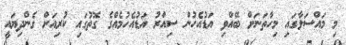
މި މައްސަލާގައި މިހާތަނަށް ބޭއްވި އަޑުއެހުން ސިއްރު އަޑުއެހުމެއްގެ ގޮތުގައި ކުރިއަށް ގެންދިޔައީ